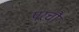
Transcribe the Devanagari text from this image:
परचौ